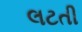
લટતી